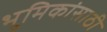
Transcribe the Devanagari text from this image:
भुमिकांसाठी